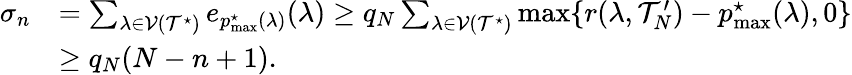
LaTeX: \begin{array}{rl}{\sigma_{n}}&{=\sum_{\lambda\in\mathcal{V}(\mathcal{T}^{\star})}e_{p_{\operatorname*{max}}^{\star}(\lambda)}(\lambda)\ge q_{N}\sum_{\lambda\in\mathcal{V}(\mathcal{T}^{\star})}\operatorname*{max}\{ r(\lambda,\mathcal{T}_{N}^{\prime})-p_{\operatorname*{max}}^{\star}(\lambda),0\} }\\ &{\ge q_{N}(N-n+1).}\end{array}